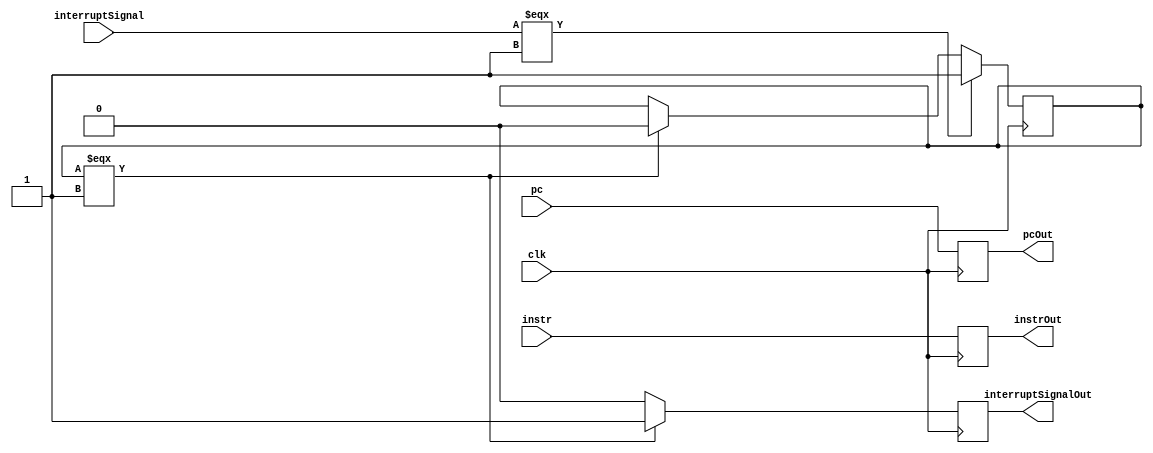
module FDBuffer(clk, pc, instr, interruptSignal, pcOut, instrOut, interruptSignalOut);


// Inputs to the buffer
input [15:0] instr;
input [31:0] pc;
input clk, interruptSignal;

// Outputs from the buffer
output reg  [15:0] instrOut;
output reg [31:0] pcOut;
output reg interruptSignalOut;
reg interruptSignalTemp; // used for delaying the interrupt signal for 2 cycles to make the 2 instructions in Fetch & Decode stages finish their work

always@(posedge clk)
begin
    instrOut = instr;
    pcOut = pc;
    if(interruptSignalTemp === 1'b1) begin
        interruptSignalOut = 1'b1;
        interruptSignalTemp = 1'b0;
    end
    else
        interruptSignalOut = 1'b0;
    if(interruptSignal === 1'b1)
        interruptSignalTemp = 1'b1;
end
endmodule